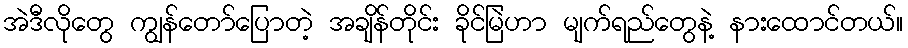
အဲဒီလိုတွေ ကျွန်တော်ပြောတဲ့ အချိန်တိုင်း ခိုင်မြဲဟာ မျက်ရည်တွေနဲ့ နားထောင်တယ်။